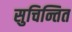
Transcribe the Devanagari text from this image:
सुचिन्तित